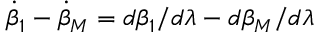
\dot { \beta } _ { 1 } - \dot { \beta } _ { M } = d \beta _ { 1 } / d \lambda - d \beta _ { M } / d \lambda